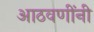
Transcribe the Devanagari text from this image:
आठवणींनी